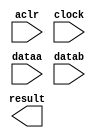
// megafunction wizard: %ALTFP_MULT%VBB%
// GENERATION: STANDARD
// VERSION: WM1.0
// MODULE: ALTFP_MULT 

// ============================================================
// Megafunction Name(s):
// 			ALTFP_MULT
//
// Simulation Library Files(s):
// 			lpm
// ============================================================
// ************************************************************
// THIS IS A WIZARD-GENERATED FILE. DO NOT EDIT THIS FILE!
//
// 18.1.0 Build 625 09/12/2018 SJ Standard Edition
// ************************************************************

//Copyright (C) 2018  Intel Corporation. All rights reserved.
//Your use of Intel Corporation's design tools, logic functions 
//and other software and tools, and its AMPP partner logic 
//functions, and any output files from any of the foregoing 
//(including device programming or simulation files), and any 
//associated documentation or information are expressly subject 
//to the terms and conditions of the Intel Program License 
//Subscription Agreement, the Intel Quartus Prime License Agreement,
//the Intel FPGA IP License Agreement, or other applicable license
//agreement, including, without limitation, that your use is for
//the sole purpose of programming logic devices manufactured by
//Intel and sold by Intel or its authorized distributors.  Please
//refer to the applicable agreement for further details.

module FP_mult (
	aclr,
	clock,
	dataa,
	datab,
	result)/* synthesis synthesis_clearbox = 1 */;

	input	  aclr;
	input	  clock;
	input	[31:0]  dataa;
	input	[31:0]  datab;
	output	[31:0]  result;

endmodule

// ============================================================
// CNX file retrieval info
// ============================================================
// Retrieval info: LIBRARY: altera_mf altera_mf.altera_mf_components.all
// Retrieval info: PRIVATE: FPM_FORMAT STRING "Single"
// Retrieval info: PRIVATE: INTENDED_DEVICE_FAMILY STRING "Cyclone IV E"
// Retrieval info: CONSTANT: DEDICATED_MULTIPLIER_CIRCUITRY STRING "YES"
// Retrieval info: CONSTANT: DENORMAL_SUPPORT STRING "NO"
// Retrieval info: CONSTANT: EXCEPTION_HANDLING STRING "NO"
// Retrieval info: CONSTANT: INTENDED_DEVICE_FAMILY STRING "UNUSED"
// Retrieval info: CONSTANT: LPM_HINT STRING "UNUSED"
// Retrieval info: CONSTANT: LPM_TYPE STRING "altfp_mult"
// Retrieval info: CONSTANT: PIPELINE NUMERIC "11"
// Retrieval info: CONSTANT: REDUCED_FUNCTIONALITY STRING "NO"
// Retrieval info: CONSTANT: ROUNDING STRING "TO_NEAREST"
// Retrieval info: CONSTANT: WIDTH_EXP NUMERIC "8"
// Retrieval info: CONSTANT: WIDTH_MAN NUMERIC "23"
// Retrieval info: USED_PORT: aclr 0 0 0 0 INPUT NODEFVAL "aclr"
// Retrieval info: CONNECT: @aclr 0 0 0 0 aclr 0 0 0 0
// Retrieval info: USED_PORT: clock 0 0 0 0 INPUT NODEFVAL "clock"
// Retrieval info: CONNECT: @clock 0 0 0 0 clock 0 0 0 0
// Retrieval info: USED_PORT: dataa 0 0 32 0 INPUT NODEFVAL "dataa[31..0]"
// Retrieval info: CONNECT: @dataa 0 0 32 0 dataa 0 0 32 0
// Retrieval info: USED_PORT: datab 0 0 32 0 INPUT NODEFVAL "datab[31..0]"
// Retrieval info: CONNECT: @datab 0 0 32 0 datab 0 0 32 0
// Retrieval info: USED_PORT: result 0 0 32 0 OUTPUT NODEFVAL "result[31..0]"
// Retrieval info: CONNECT: result 0 0 32 0 @result 0 0 32 0
// Retrieval info: GEN_FILE: TYPE_NORMAL FP_mult.v TRUE FALSE
// Retrieval info: GEN_FILE: TYPE_NORMAL FP_mult.qip TRUE FALSE
// Retrieval info: GEN_FILE: TYPE_NORMAL FP_mult.bsf TRUE TRUE
// Retrieval info: GEN_FILE: TYPE_NORMAL FP_mult_inst.v TRUE TRUE
// Retrieval info: GEN_FILE: TYPE_NORMAL FP_mult_bb.v TRUE TRUE
// Retrieval info: GEN_FILE: TYPE_NORMAL FP_mult.inc TRUE TRUE
// Retrieval info: GEN_FILE: TYPE_NORMAL FP_mult.cmp TRUE TRUE
// Retrieval info: LIB_FILE: lpm